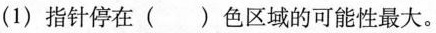
(1)指针停在()色区域的可能性最大。